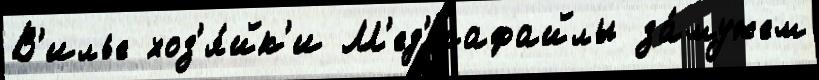
В'илье хоз'я́йк'и М'ед'иафайлы за́мужем